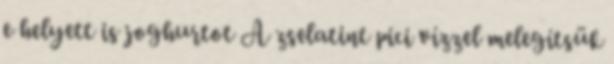
e helyett is joghurtot A zselatint pici vízzel melegítsük